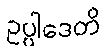
ဥပ္ပါဒေတိ